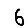
Digit: 6